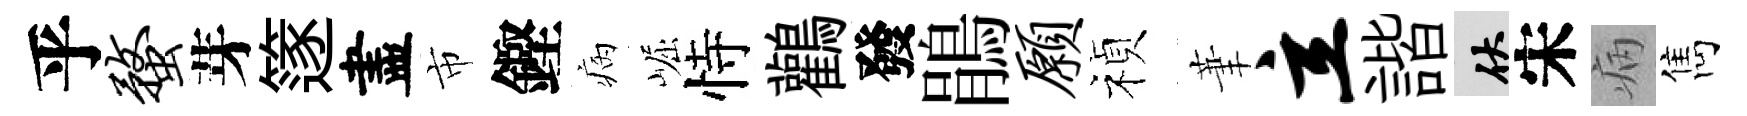
乎蝥芽篴盡市鏗病崛恃鸛發鵑愿禎茟立諧伏宋病雋